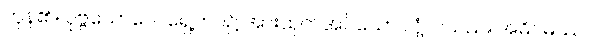
ကုန်၏။ ပုဗ္ဗယောဂေါ၊ ရှေ့ဘဝ၌ အားထုတ်အပ်သော လုံ့လသည်။ အဓိဂမဿ၊